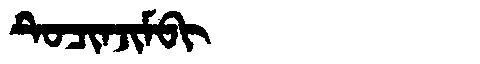
Manchu: ᡨᡠᠴᡳᠨᠵᡳᠮᠪᡳ
Romanization: TUCINJIMBI